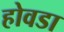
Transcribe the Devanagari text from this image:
होवडा